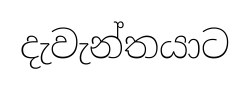
දැවැන්තයාට